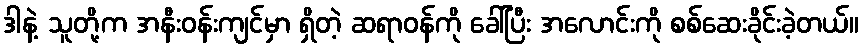
ဒါနဲ့ သူတို့က အနီးဝန်းကျင်မှာ ရှိတဲ့ ဆရာဝန်ကို ခေါ်ပြီး အလောင်းကို စစ်ဆေးခိုင်းခဲ့တယ်။